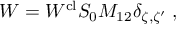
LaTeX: W = W ^ { \mathrm { c l } } S _ { 0 } M _ { 1 2 } \delta _ { \zeta , \zeta ^ { \prime } } \; ,